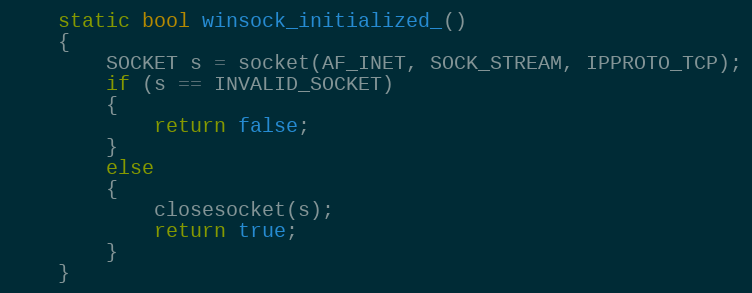
Language: C
    static bool winsock_initialized_()
    {
        SOCKET s = socket(AF_INET, SOCK_STREAM, IPPROTO_TCP);
        if (s == INVALID_SOCKET)
        {
            return false;
        }
        else
        {
            closesocket(s);
            return true;
        }
    }